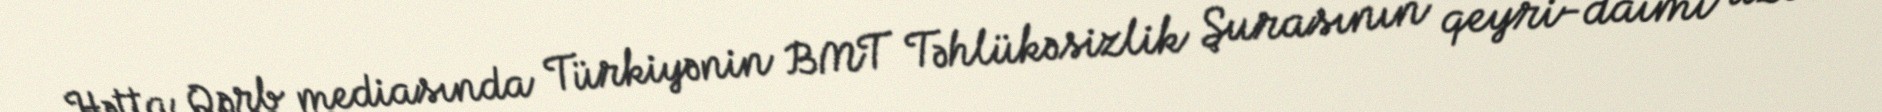
Hətta Qərb mediasında Türkiyənin BMT Təhlükəsizlik Şurasının qeyri-daimi üzvü